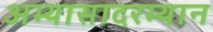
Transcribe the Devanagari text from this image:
अभ्यासादरम्यान